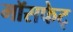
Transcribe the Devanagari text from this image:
मॉसफेट्